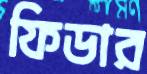
ফিডার